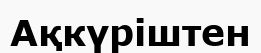
Ақкүріштен